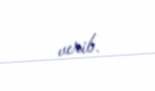
verib.